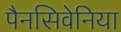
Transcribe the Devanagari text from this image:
पैनसिवेनिया